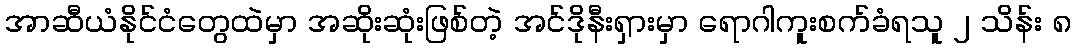
အာဆီယံနိုင်ငံတွေထဲမှာ အဆိုးဆုံးဖြစ်တဲ့ အင်ဒိုနီးရှားမှာ ရောဂါကူးစက်ခံရသူ ၂ သိန်း ၈